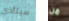
سيتأذى من